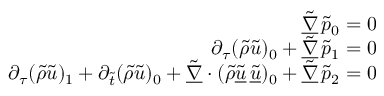
\begin{array} { r } { \underline { { \tilde { \nabla } } } \, \tilde { p } _ { 0 } = 0 } \\ { \partial _ { \tau } ( \tilde { \rho } \tilde { u } ) _ { 0 } + \underline { { \tilde { \nabla } } } \, \tilde { p } _ { 1 } = 0 } \\ { \partial _ { \tau } ( \tilde { \rho } \tilde { u } ) _ { 1 } + \partial _ { \tilde { t } } ( \tilde { \rho } \tilde { u } ) _ { 0 } + \underline { { \tilde { \nabla } } } \cdot ( \tilde { \rho } \underline { { \tilde { u } } } \, \underline { { \tilde { u } } } ) _ { 0 } + \underline { { \tilde { \nabla } } } \, \tilde { p } _ { 2 } = 0 } \end{array}